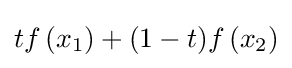
tf\left(x_{1}\right)+(1-t)f\left(x_{2}\right)